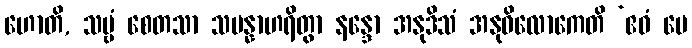
ဟောတိ, သဗ္ဗံ စေတသာ သမန္နာဟရိတွာ နန္ဒော အနုဒိသံ အနုဝိလောကေတိ ‘ဧဝံ မေ